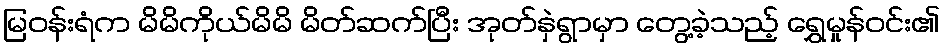
မြဝန်းရံက မိမိကိုယ်မိမိ မိတ်ဆက်ပြီး အုတ်နှဲရွာမှာ တွေ့ခဲ့သည့် ရွှေမှုန်ဝင်း၏